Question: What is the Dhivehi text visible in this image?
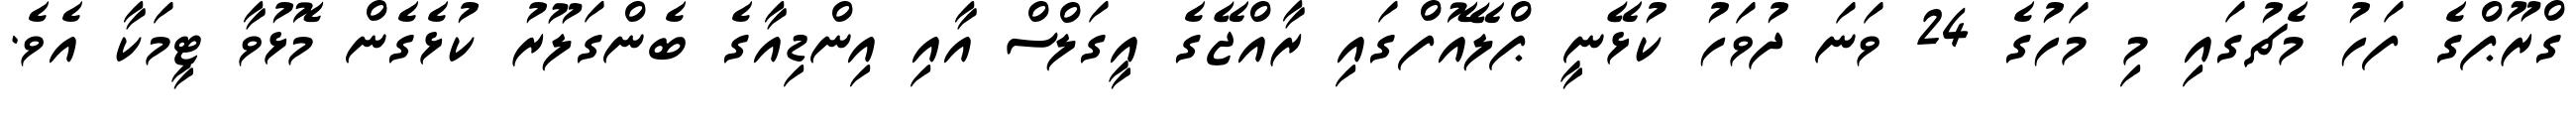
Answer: ގްރޫޕްގެ ފަހު މެޗުގައި މި މަހުގެ 24 ވަނަ ދުވަހު ކުޅޭނީ ޕްލޭއޮފްގައި ރާއްޖޭގެ އީގަލްސް އާއި އިންޑިއާގެ ބެންގަލޫރު ކުޅެގެން މޮޅުވާ ޓީމަކާ އެވެ.